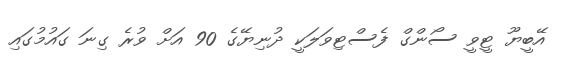
އޭބީޔޫ ޓީވީ ސޯންގް ފެސްޓިވަލަކީ ދުނިޔޭގެ 90 އަށް ވުރެ ގިނަ ގައުމުގައި